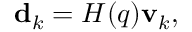
\begin{array} { r } { \mathbf { d } _ { k } = H ( q ) \mathbf { v } _ { k } , } \end{array}